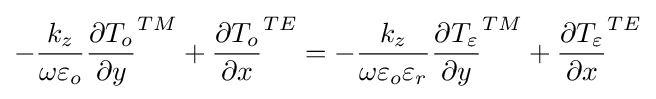
-{\frac {k_{z}}{\omega \varepsilon _{o}}}{\frac {\partial T_{o}}{\partial y}}^{TM}+{\frac {\partial T_{o}}{\partial x}}^{TE}=-{\frac {k_{z}}{\omega \varepsilon _{o}\varepsilon _{r}}}{\frac {\partial T_{\varepsilon }}{\partial y}}^{TM}+{\frac {\partial T_{\varepsilon }}{\partial x}}^{TE}